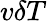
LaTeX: v\delta T